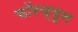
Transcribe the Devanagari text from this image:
फॉरच्यून